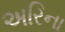
અરિના